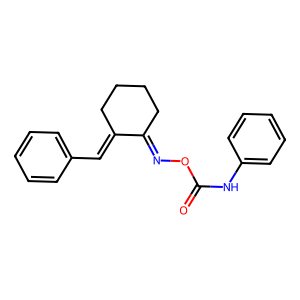
SMILES: O=C(Nc1ccccc1)ON=C1CCCCC1=Cc1ccccc1
Inhibits HIV replication: No